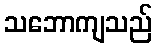
သဘောကျသည်